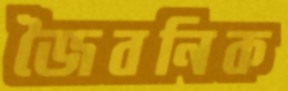
জৈবনিক